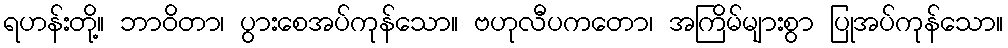
ရဟန်းတို့။ ဘာဝိတာ၊ ပွားစေအပ်ကုန်သော။ ဗဟုလီပကတော၊ အကြိမ်များစွာ ပြုအပ်ကုန်သော။